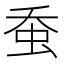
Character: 𧉕